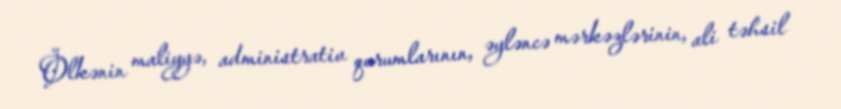
Ölkənin maliyyə, administrativ qurumlarının, əyləncə mərkəzlərinin, ali təhsil